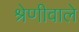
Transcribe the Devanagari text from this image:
श्रेणीवाले